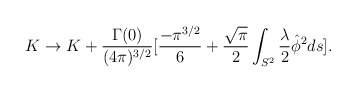
\begin{align*}K \rightarrow K+\frac{\Gamma(0)}{( 4\pi) ^{3/2}}[\frac{-\pi^{3/2}}{6}+\frac{\sqrt{\pi}}{2}\int_{S^{2}}\frac{\lambda}{2}\hat{\phi}^{2}ds].\end{align*}